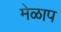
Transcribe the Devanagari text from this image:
मेळाप